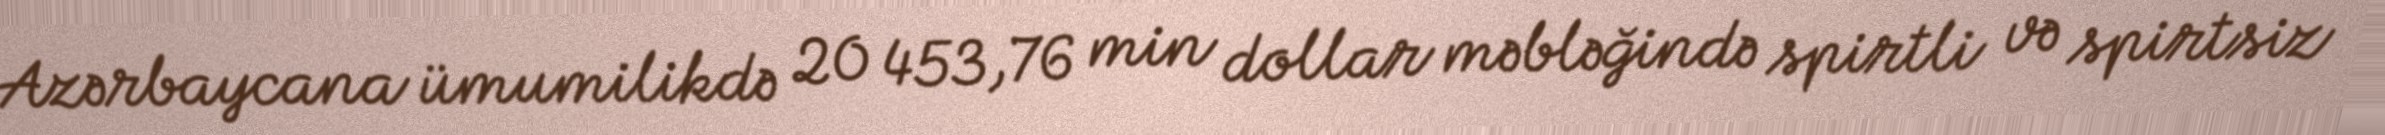
Azərbaycana ümumilikdə 20 453,76 min dollar məbləğində spirtli və spirtsiz